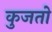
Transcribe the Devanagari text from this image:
कुजतो